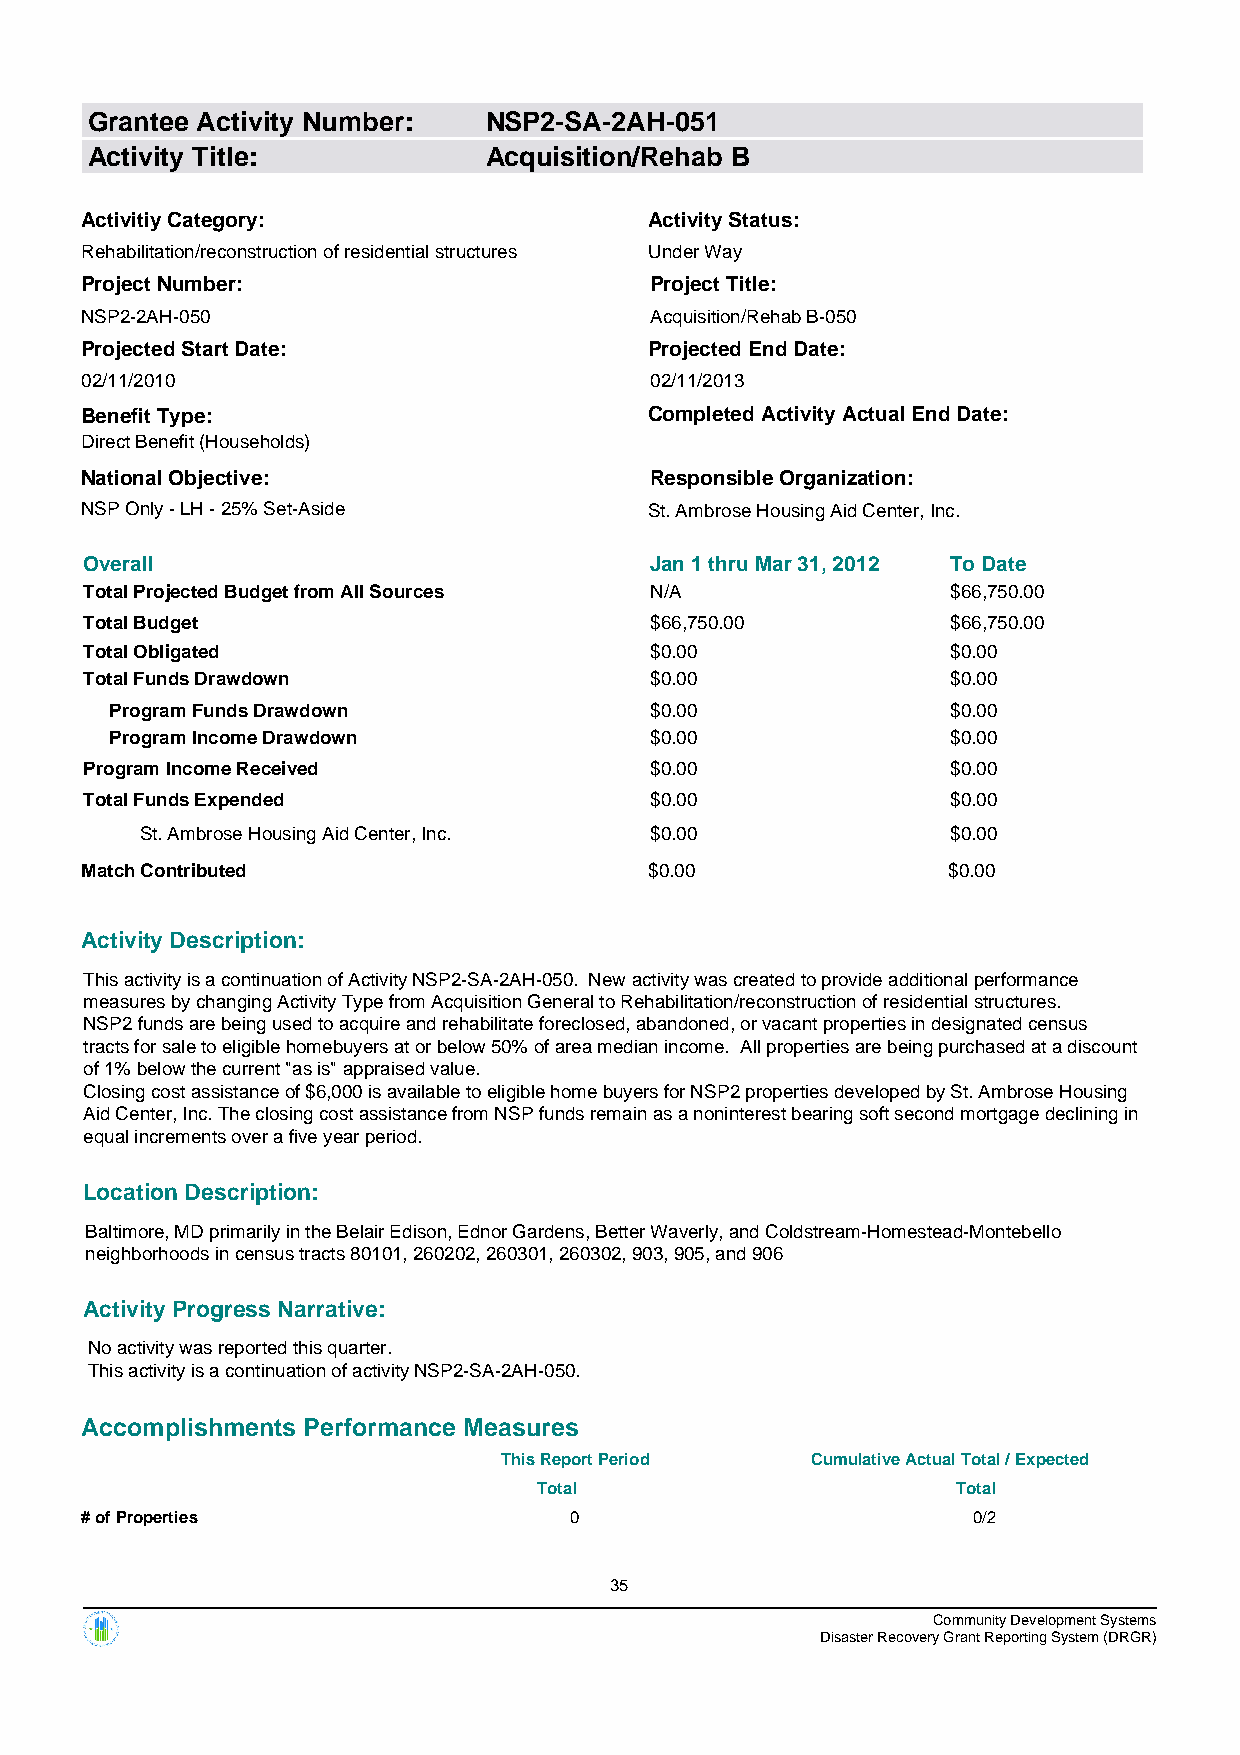
Grantee Activity Number:  NSP2-SA-2AH-051
 Activity Title:           Acquisition/Rehab B
 Activitiy Category:                   Activity Status:
 Rehabilitation/reconstruction of residential structures Under Way
 Project Number:                       Project Title:
 NSP2-2AH-050                          Acquisition/Rehab B-050
 Projected Start Date:                 Projected End Date:
 02/11/2010                            02/11/2013
 Benefit Type:                         Completed Activity Actual End Date:
 Direct Benefit (Households)
 National Objective:                   Responsible Organization:
 NSP Only - LH - 25% Set-Aside         St. Ambrose Housing Aid Center, Inc.
 Overall                              Jan 1 thru Mar 31, 2012 To Date
 Total Projected Budget from All Sources N/A              $66,750.00
 Total Budget                         $66,750.00          $66,750.00
 Total Obligated                      $0.00               $0.00
 Total Funds Drawdown                 $0.00               $0.00
 Program Funds Drawdown              $0.00               $0.00
 Program Income Drawdown             $0.00               $0.00
 Program Income Received              $0.00               $0.00
 Total Funds Expended                 $0.00               $0.00
 St. Ambrose Housing Aid Center, Inc. $0.00            $0.00
 Match Contributed                     $0.00               $0.00
 Activity Description:
 This activity is a continuation of Activity NSP2-SA-2AH-050. New activity was created to provide additional performance
 measures by changing Activity Type from Acquisition General to Rehabilitation/reconstruction of residential structures.
 NSP2 funds are being used to acquire and rehabilitate foreclosed, abandoned, or vacant properties in designated census
 tracts for sale to eligible homebuyers at or below 50% of area median income. All properties are being purchased at a discount
 of 1% below the current "as is" appraised value.
 Closing cost assistance of $6,000 is available to eligible home buyers for NSP2 properties developed by St. Ambrose Housing
 Aid Center, Inc. The closing cost assistance from NSP funds remain as a noninterest bearing soft second mortgage declining in
 equal increments over a five year period.
 Location Description:
 Baltimore, MD primarily in the Belair Edison, Ednor Gardens, Better Waverly, and Coldstream-Homestead-Montebello
 neighborhoods in census tracts 80101, 260202, 260301, 260302, 903, 905, and 906
 Activity Progress Narrative:
 No activity was reported this quarter.
 This activity is a continuation of activity NSP2-SA-2AH-050.
 Accomplishments Performance Measures
 This Report Period   Cumulative Actual Total / Expected
 Total                      Total
 # of Properties                  0                         0/2
 35
 Community Development Systems
 Disaster Recovery Grant Reporting System (DRGR)